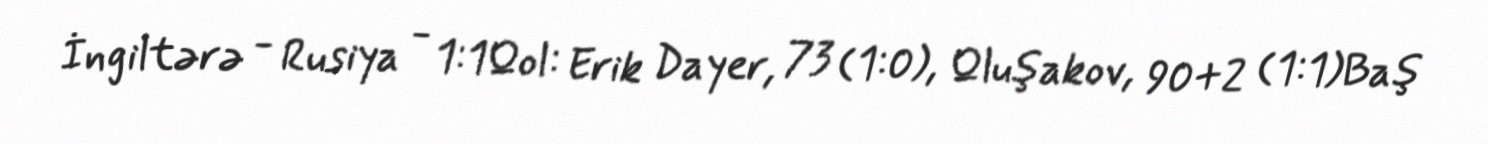
İngiltərə - Rusiya - 1:1Qol: Erik Dayer, 73 (1:0), Qluşakov, 90+2 (1:1)Baş